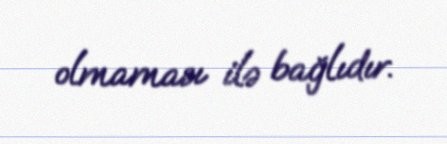
olmaması ilə bağlıdır.